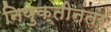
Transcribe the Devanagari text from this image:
नियुक्तीनंतर